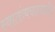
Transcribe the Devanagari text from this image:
स्वातंत्र्यचळवळीस